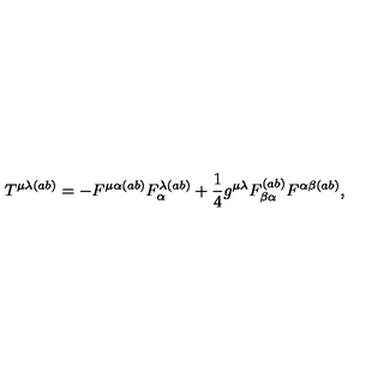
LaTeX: T ^ { \mu \lambda ( a b ) } = - F ^ { \mu \alpha ( a b ) } F _ { \alpha } ^ { \lambda ( a b ) } + \frac { 1 } { 4 } g ^ { \mu \lambda } F _ { \beta \alpha } ^ { ( a b ) } F ^ { \alpha \beta ( a b ) } ,